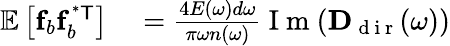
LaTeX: \begin{array}{rl}{\mathbb{E}\left[\mathbf{f}_{b}\mathbf{f}_{b}^{\mathsf{^{*}T}}\right]}&{{}=\frac{4E(\omega)d\omega}{\pi\omega n(\omega)}\mathrm{~I~m~}(\mathbf{D}_{\mathrm{~d~i~r~}}(\omega))}\end{array}